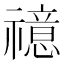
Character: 𥜇